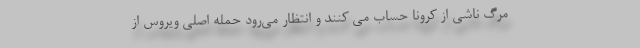
مرگ ناشی از کرونا حساب می‌ کنند و انتظار می‌رود حمله اصلی ویروس از